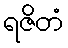
ရဇိတံ